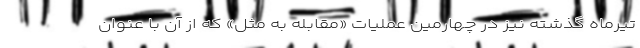
تیرماه گذشته نیز در چهارمین عملیات «مقابله به مثل» که از آن با عنوان